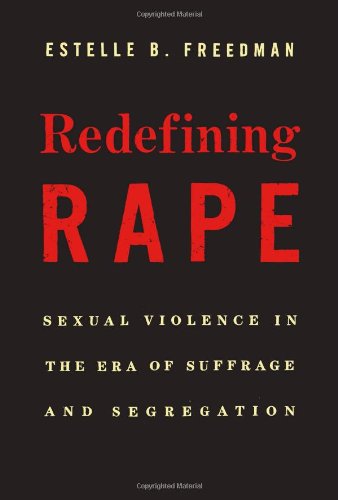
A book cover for Redefining Rape: Sexual Violence in the Era of Suffrage and Segregation; Estelle B. Freedman; Politics & Social Sciences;